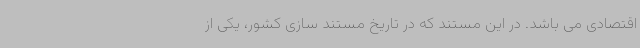
اقتصادی می باشد. در این مستند که در تاریخ مستند سازی کشور، یکی از